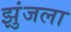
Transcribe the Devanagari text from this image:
झुंजला